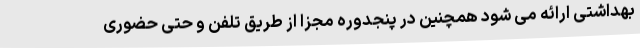
بهداشتی ارائه می شود همچنین در پنجدوره مجزا از طریق تلفن و حتی حضوری